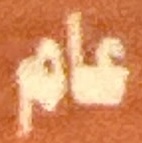
عام